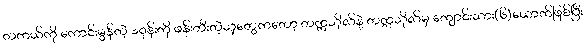
တကယ်ကို ကောင်းမွန်တဲ့ ဒရုန်းကို ဖန်းတီးတဲ့သူတွေကတော့ တက္ကသိုလ်နဲ့ တက္ကသိုလ်မှ ကျောင်းသား(၆)ယောက်ဖြစ်ပြီး